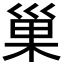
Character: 巢